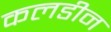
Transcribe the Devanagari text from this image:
कलडीन